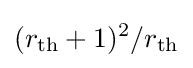
(r_{\text{th}}+1)^{2}/r_{\text{th}}